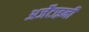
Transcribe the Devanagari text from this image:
अर्जेंटाइनी